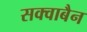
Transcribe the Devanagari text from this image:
सक्वाबैन